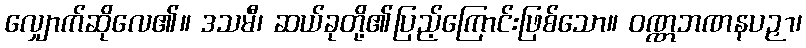
လျှောက်ဆိုလေ၏။ ဒသမီ၊ ဆယ်ခုတို့၏ပြည့်ကြောင်းဖြစ်သော။ ဝဏ္ဏဘဏနပဉှာ၊